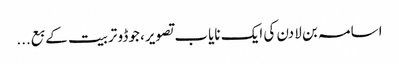
اسامہ بن لادن کی ایک نایاب تصویر، جوڈو تربیت کے بع...